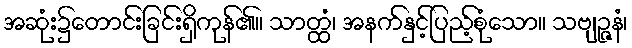
အဆုံး၌တောင်းခြင်းရှိကုန်၏။ သာတ္ထံ၊ အနက်နှင့်ပြည့်စုံသော။ သဗျဉ္ဇနံ၊